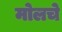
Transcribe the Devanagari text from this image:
मोलचे